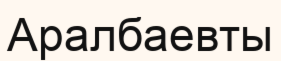
Аралбаевты